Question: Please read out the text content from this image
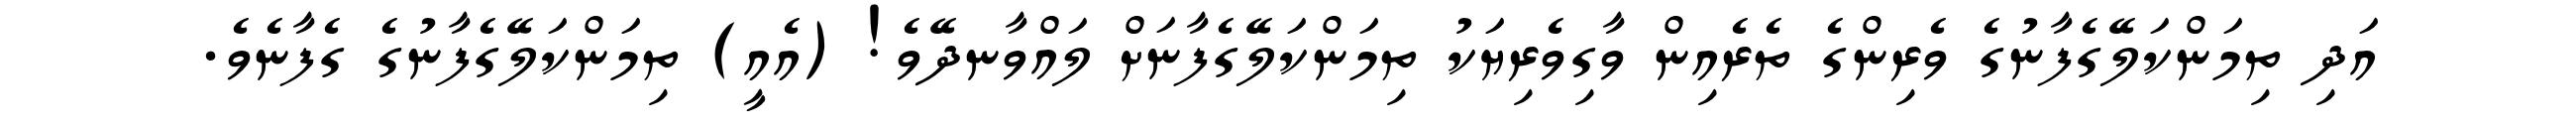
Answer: އަދި ތިމަންކަލޭގެފާނުގެ ވެރިންގެ ތެރެއިން ވާގިވެރިޔަކު ތިމަންކަލޭގެފާނަށް ލައްވާނދޭވެ! (އެއީ) ތިމަންކަލޭގެފާނުގެ ގެފާނެވެ.